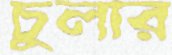
চুলার